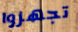
تجهزوا